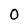
Character: O